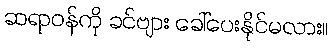
ဆရာဝန်ကို ခင်ဗျား ခေါ်ပေးနိုင်မလား။